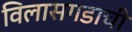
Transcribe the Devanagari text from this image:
विलासगडाची